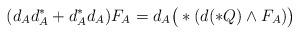
LaTeX: \begin{align*}(d_{A}d_{A}^{\ast}+d_{A}^{\ast}d_{A})F_{A}=d_{A}\big{(}\ast(d(\ast Q)\wedge F_{A})\big{)}\end{align*}